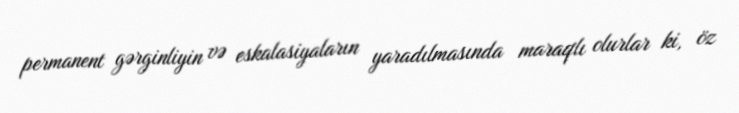
permanent gərginliyin və eskalasiyaların yaradılmasında maraqlı olurlar ki, öz